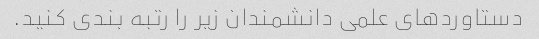
دستاوردهای علمی دانشمندان زیر را رتبه بندی کنید.